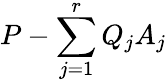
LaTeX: P-\sum_{j=1}^{r}Q_{j}A_{j}